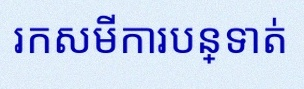
រកសមីការបន្ទាត់